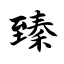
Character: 臻